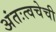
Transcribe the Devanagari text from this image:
अंतःत्वचेची